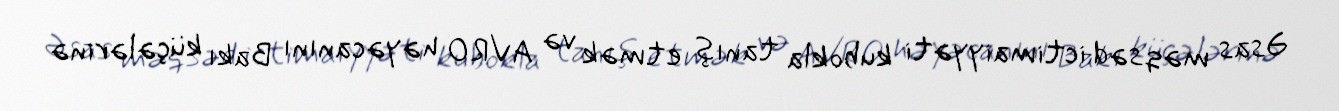
Əsas məqsəd ictimaiyyəti kubokla tanış etmək və AVRO həyəcanını Bakı küçələrinə